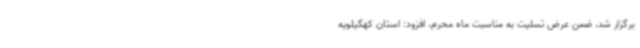
برگزار شد، ضمن عرض تسلیت به مناسبت ماه محرم، افزود: استان کهگیلویه